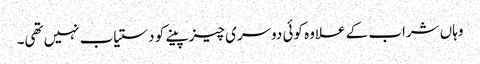
وہاں شراب کے علاوہ کوئی دوسری چیز پینے کو دستیاب نہیں تھی۔